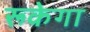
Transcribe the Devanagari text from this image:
रूकेगा